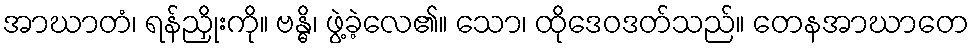
အာဃာတံ၊ ရန်ညှိုးကို။ ဗန္ဓိ၊ ဖွဲ့ခဲ့လေ၏။ သော၊ ထိုဒေဝဒတ်သည်။ တေနအာဃာတေ